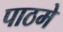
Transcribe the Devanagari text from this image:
पाठमे